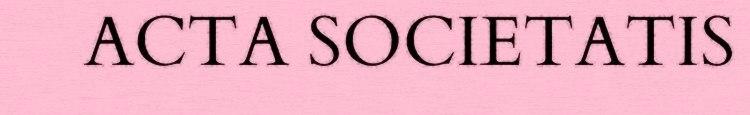
ACTA SOCIETATIS